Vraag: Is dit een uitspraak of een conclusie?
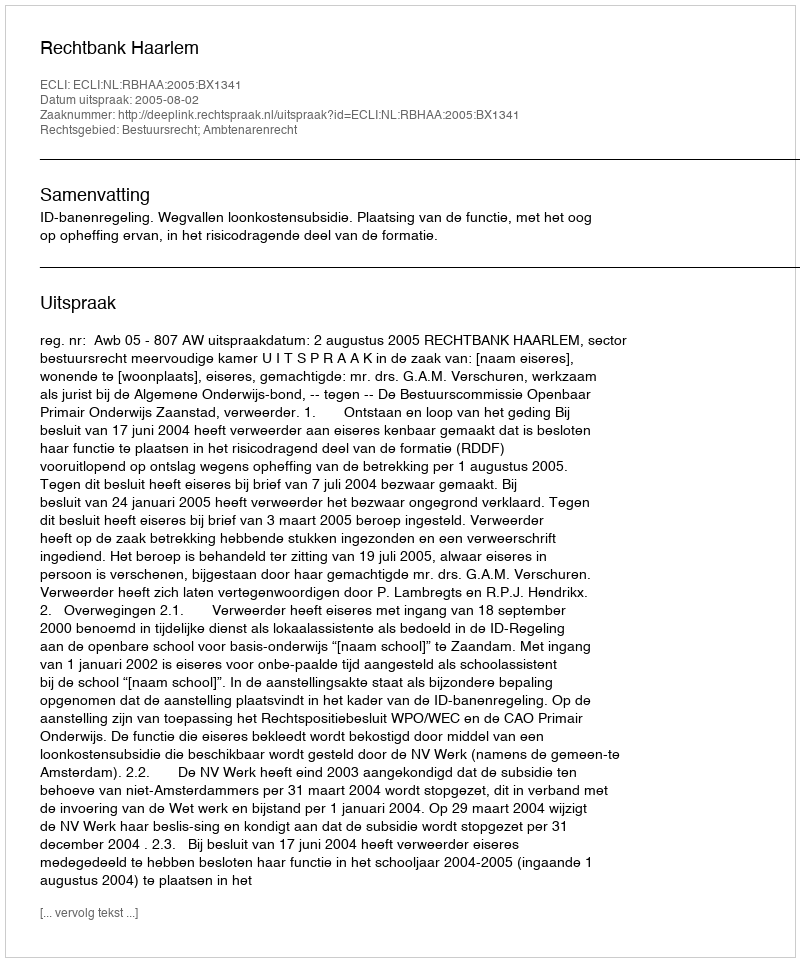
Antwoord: Uitspraak